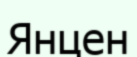
Янцен